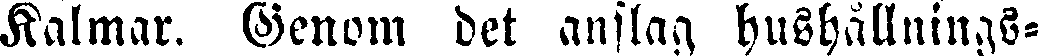
Kalmar. Genom det anslag hushållnings-